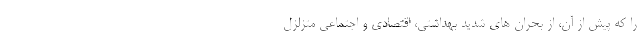
را که پیش از آن، از بحران های شدید بهداشتی، اقتصادی و اجتماعی متزلزل